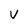
Character: v